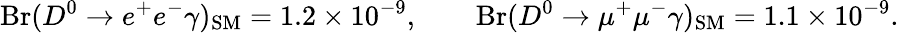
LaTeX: \mathrm{Br}(D^{0}\to e^{+}e^{-}\gamma)_{\mathrm{SM}}=1.2\times 10^{-9},\qquad\mathrm{Br}(D^{0}\to\mu^{+}\mu^{-}\gamma)_{\mathrm{SM}}=1.1\times 10^{-9}.